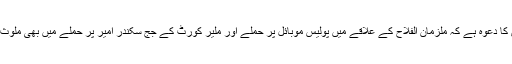
پولیس کا دعوہ ہے کہ ملزمان الفلاح کے علاقے میں پولیس موبائل پر حملے اور ملیر کورٹ کے جج سکندر امیر پر حملے میں بھی ملوث تھے۔